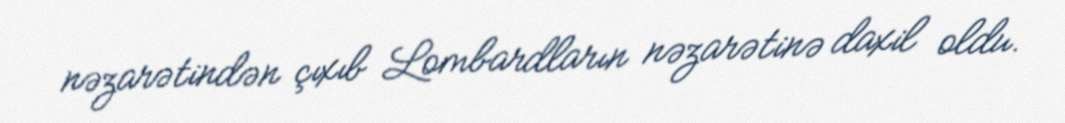
nəzarətindən çıxıb Lombardların nəzarətinə daxil oldu.